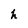
Character: h